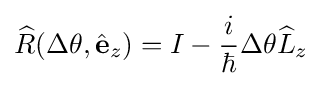
{\widehat {R}}(\Delta \theta ,{\hat {\mathbf {e} }}_{z})=I-{\frac {i}{\hbar }}\Delta \theta {\widehat {L}}_{z}